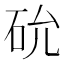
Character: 𥐸